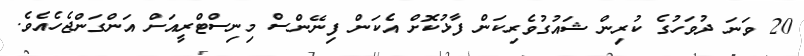
20 ވަނަ ދުވަހުގެ ކުރިން ޝައުގުވެރިކަން ފާޅުކޮށް އެކަން ފިނޭންސް މިނިސްޓްރީއަށް އަންގަންޖެހެއެވެ.